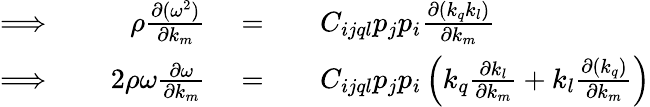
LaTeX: \begin{array}{rlrlrl}{\Longrightarrow\; }&{{}}&{\rho\frac{\partial(\omega^{2})}{\partial k_{m}}}&{{}=}&{}&{{}C_{ijql}p_{j}p_{i}\frac{\partial(k_{q}k_{l})}{\partial k_{m}}}\\ {\Longrightarrow\; }&{{}}&{2\rho\omega\frac{\partial\omega}{\partial k_{m}}}&{{}=}&{}&{{}C_{ijql}p_{j}p_{i}\left(k_{q}\frac{\partial k_{l}}{\partial k_{m}}+k_{l}\frac{\partial(k_{q})}{\partial k_{m}}\right)}\end{array}